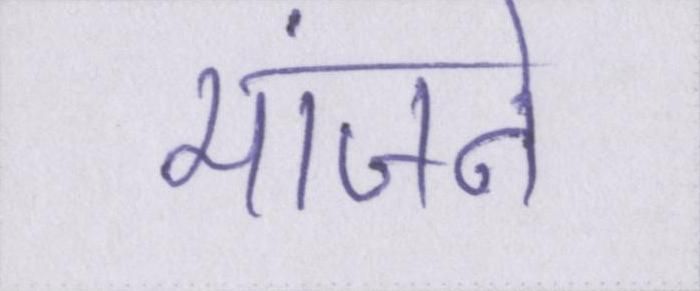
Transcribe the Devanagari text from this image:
मांजने